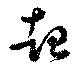
超